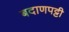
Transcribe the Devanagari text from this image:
बदाणपट्टी